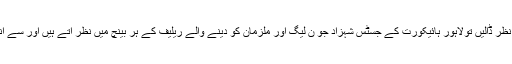
ان کے بارے میں جاننا ضرور ہو گیا ہے ،اگر ہم نظر ڈالیں تولاہور ہائیکورت کے جسٹس شہزاد جو ن لیگ اور ملزمان کو دینے والے ریلیف کے ہر بینچ میں نظر آتے ہیں اور سے آنے والے ریمارکس کا فائدہ ن لیگ کو ہو رہا ہے ۔